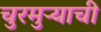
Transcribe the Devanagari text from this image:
चुरमुऱ्याची